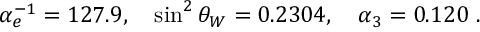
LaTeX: \alpha _ { e } ^ { - 1 } = 1 2 7 . 9 , \quad \sin ^ { 2 } \theta _ { W } = 0 . 2 3 0 4 , \quad \alpha _ { 3 } = 0 . 1 2 0 \ .